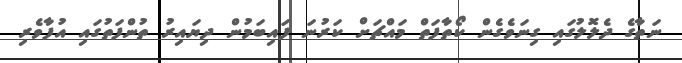
ނަތާގެ ދެލޮލުގައި ގިނަވެގެން ކޯތާފަތް މައްޗަށް ކަރުނަ ފައިބަމުން ދިޔައިރު ތުންފަތުގައި އުފާވެރި